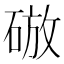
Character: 𥓴